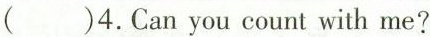
()4.Can you count with me?